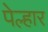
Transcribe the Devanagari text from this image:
पेल्हार